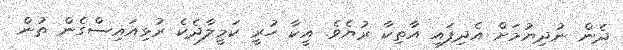
ދެން ނުދިޔުމަށް އެދިފައި އާތިކާ ރުޔެވެ. އީކާ ހުރީ ކަމީލާދެކެ ރުޅިއައިސްގެން ތުން